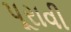
પૂરાવી